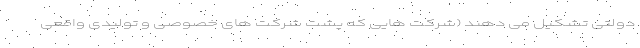
دولتی تشکیل می دهند (شرکت هایی که پشت شرکت های خصوصی و تولیدی واقعی